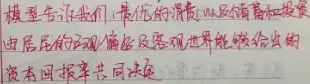
模型告诉我们，最优的消费，以及储蓄和投资由居民的主观偏好及客观世界能够给出的资本回报率共同决定。